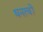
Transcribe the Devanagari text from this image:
धनत्वों